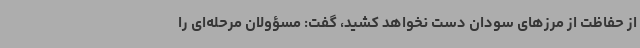
از حفاظت از مرزهای سودان دست نخواهد کشید، گفت: مسؤولان مرحله‌ای را